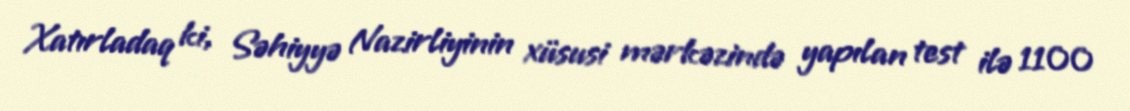
Xatırladaq ki, Səhiyyə Nazirliyinin xüsusi mərkəzində yapılan test ilə 1100